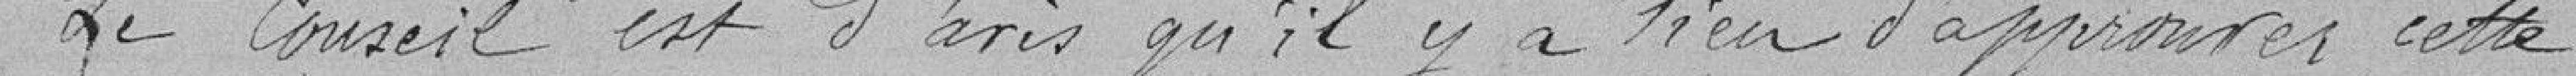
Le Conseil est d'avis qu'il y a lieu d'approuver cette